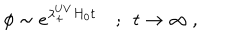
\phi \sim e ^ { \lambda _ { + } ^ { U V } H _ { 0 } t } ~ ; ~ ~ t \to \infty ~ ,